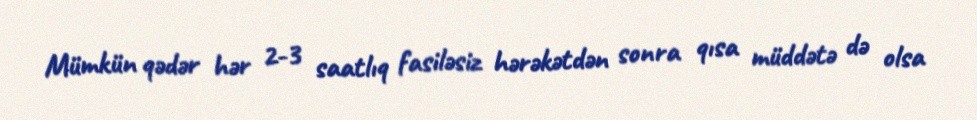
Mümkün qədər hər 2-3 saatlıq fasiləsiz hərəkətdən sonra qısa müddətə də olsa